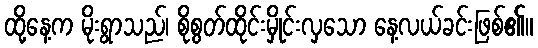
ထို့နေ့က မိုးရွာသည်၊ စိုစွတ်ထိုင်းမှိုင်းလှသော နေ့လယ်ခင်းဖြစ်၏။